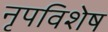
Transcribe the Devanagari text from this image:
नृपविशेष